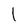
Character: l